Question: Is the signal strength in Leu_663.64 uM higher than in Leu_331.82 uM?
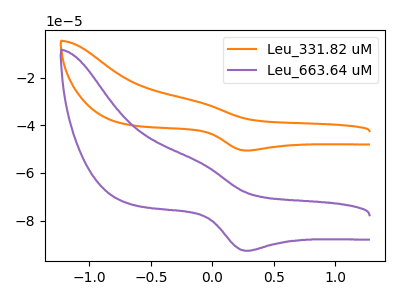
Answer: <think>The orange curve "Leu_331.82 uM" has an anodic peak at (-0.10V, -30.15uA) and a cathodic peak at (0.30V, -50.60uA). The purple curve "Leu_663.64 uM" has an anodic peak at (-0.10V, -55.20uA) and a cathodic peak at (0.30V, -92.65uA).
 All the peaks in "Leu_663.64 uM" have a peak in "Leu_331.82 uM" at the same potential.</think>
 <answer>I cant tell if "Leu_663.64 uM" or "Leu_331.82 uM" has more signal.</answer>
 <eval>mixed_signal</eval>